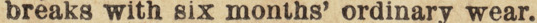
breaks with six months' ordinary wear.